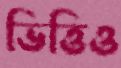
ভিত্তিও